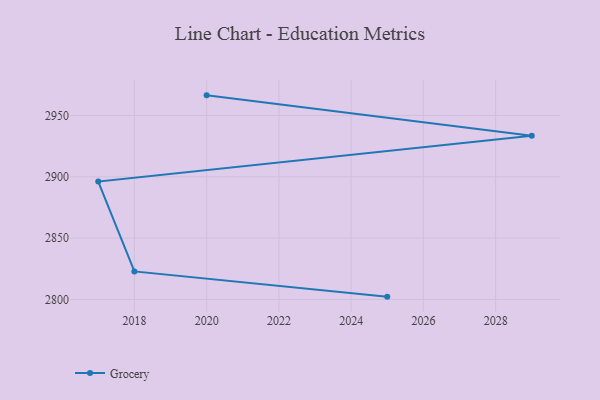
{"axis": {"x": "Year", "y": "Backlog"}, "legend": ["Grocery"], "data": [{"x": "2020", "y": 2966.4, "type": "Grocery"}, {"x": "2029", "y": 2933.4, "type": "Grocery"}, {"x": "2017", "y": 2896.1, "type": "Grocery"}, {"x": "2018", "y": 2822.9, "type": "Grocery"}, {"x": "2025", "y": 2802.3, "type": "Grocery"}]}